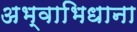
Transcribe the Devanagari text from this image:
अभ्वाभिधाना